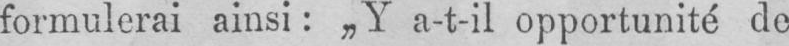
formulerai ainsi: „Y a-t-il opportunité de